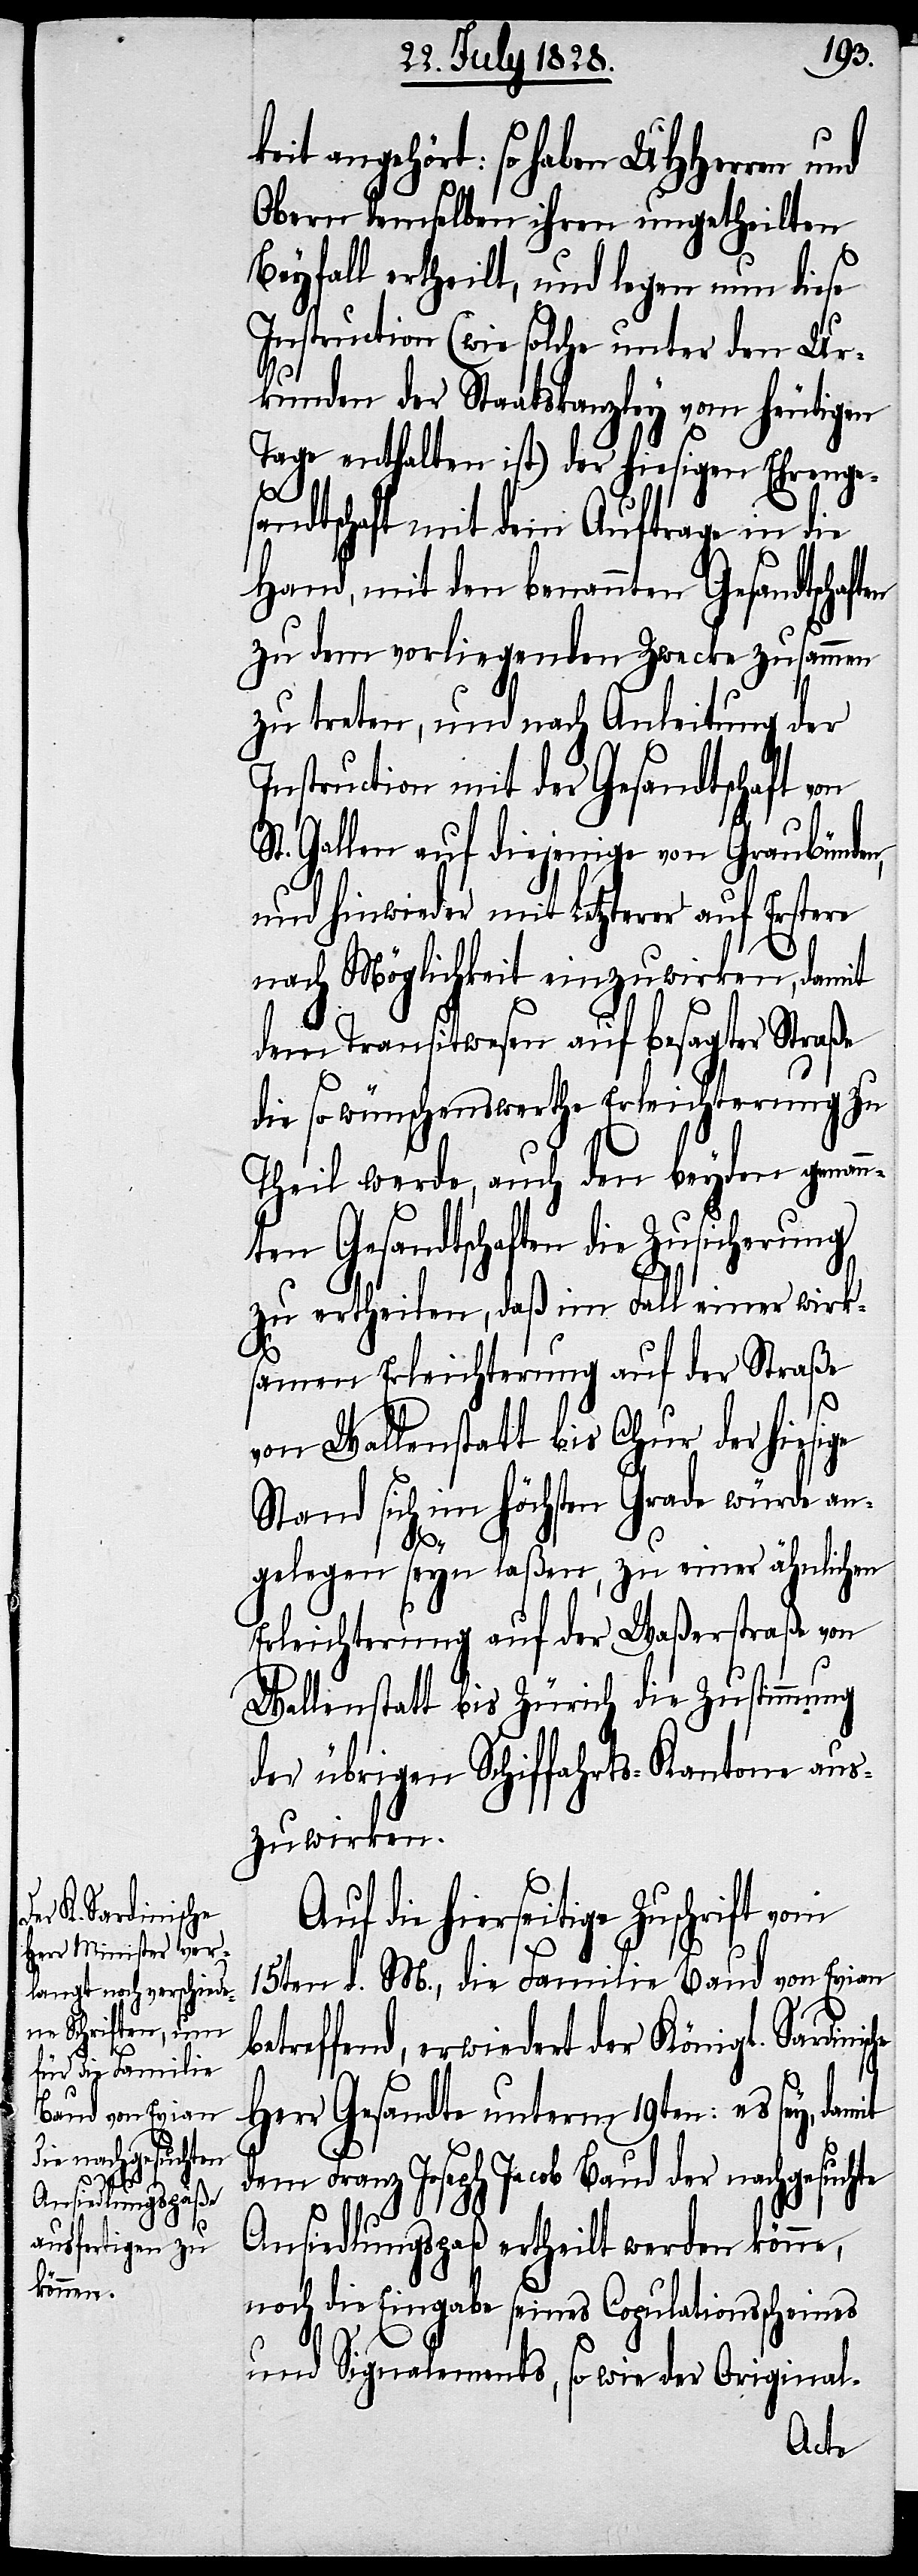
angehört: so haben UHHerren und
Obern demselben ihren ungetheilten
Beyfall ertheilt, und legen nun diese
Instruction (wie solche unter den Ur¬
kunden der Staatskanzley vom heutigen
Tage enthalten ist) der hiesigen Ehrenge¬
sandtschaft mit dem Auftrage in die
Hand, mit den benannten Gesandtschaf¬
zu dem vorliegenden Zwecke zusammen
zu treten, und nach Anleitung der
Instruction mit der Gesandtschaft von
St. Gallen auf diejenige von Graubünden,
und hinwieder mit Letzterer auf Erstere
nach Möglichkeit einzuwirken, damit
dem Transitwesen auf besagter Straße
die so wünschenswerthe Erleichterung zu
Theil werde, auch den beyden genan¬
nten Gesandtschaften die Zusicherung
zu ertheilen, daß im Fall einer wirk¬
samen Erleichterung auf der Straße
sc¬
von Wallenstatt bis Chur der hiesige
Stand sich im höchsten Grade würde an¬
gelegen seyn laßen, zu einer ähnlichen
Erleichterung auf der Waßerstraße von
Wallenstatt bis Zürich die Zustimmun¬
g übrigen Schiffahrts-Kantone aus¬
zuwirken.
Auf die hierseitige Zuschrift vom
15ten d. M., die Familie Baud von Evian
betreffend, erwiedert der Königl. Sardini¬
he Gesandte unterm 19ten: es sey,
dem Franz Joseph Jacob Baud der nachgesuchte
ten
Ansiedlungspaß ertheilt werden könne,
noch die Eingabe seines Copulationsscheines
und Signalements, so wie der Original-